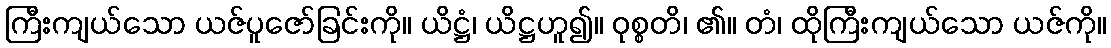
ကြီးကျယ်သော ယဇ်ပူဇော်ခြင်းကို။ ယိဋ္ဌံ၊ ယိဋ္ဌဟူ၍။ ဝုစ္စတိ၊ ၏။ တံ၊ ထိုကြီးကျယ်သော ယဇ်ကို။